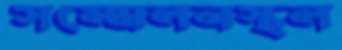
সম্মেলনস্থল